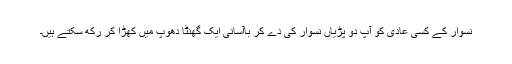
نسوار کے کسی عادی کو آپ دو پڑیاں نسوار کی دے کر باآسانی ایک گھنٹا دھوپ میں کھڑا کر رکھ سکتے ہیں۔